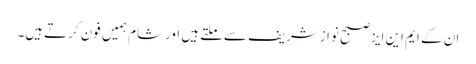
ان کے ایم این ایزصبح نوازشریف سےملتےہیں اورشام ہمیں فون کرتےہیں۔